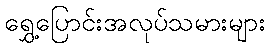
ရွှေ့ပြောင်းအလုပ်သမားများ